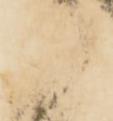
御